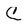
Character: C